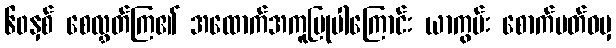
၆၀နှစ် စေလွှတ်ကြ၏ အထောက်အကူပြုပါကြောင်း ယာကွမ်း စောက်ပတ်ဝမှ